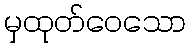
မှထုတ်ဝေသော